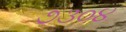
૭૩૦૪